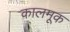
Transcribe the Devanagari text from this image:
कालमूक